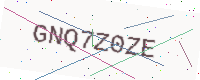
Text: GNQ7Z0ZE